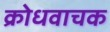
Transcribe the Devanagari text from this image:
क्रोधवाचक